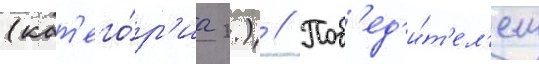
(кат'его́р'иа 2.) // Поб'ед'и́т'ел'ем